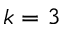
k = 3